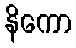
နိကော